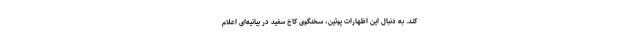
کند. به دنبال این اظهارات پوتین، سخنگوی کاخ سفید در بیانیه‌ای اعلام